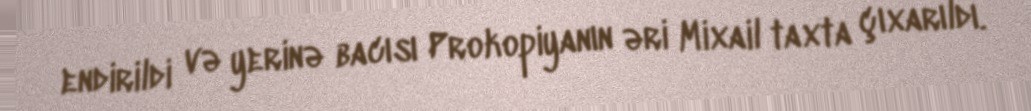
endirildi və yerinə bacısı Prokopiyanın əri Mixail taxta çıxarıldı.